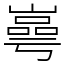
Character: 㠋